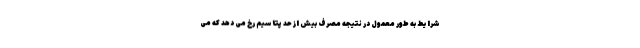
شرایط به طور معمول در نتیجه مصرف بیش از حد پتاسیم رخ می دهد که می